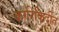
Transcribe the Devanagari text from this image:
कारिकिर्दीत